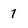
Character: 7